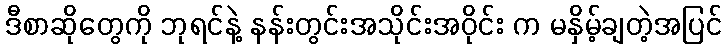
ဒီစာဆိုတွေကို ဘုရင်နဲ့ နန်းတွင်းအသိုင်းအဝိုင်း က မနှိမ့်ချတဲ့အပြင်